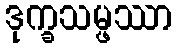
ဒုက္ခသမ္ဖဿာ